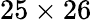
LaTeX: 25\times 26